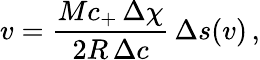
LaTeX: v=\frac{Mc_{+}\, \Delta\chi}{2R\, \Delta c}\, \Delta s(v)\, ,